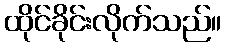
ထိုင်ခိုင်းလိုက်သည်။